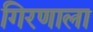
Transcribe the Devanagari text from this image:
गिरणाला